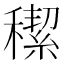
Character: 𥢪